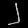
Digit: ၂